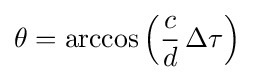
\theta =\arccos {\left({\frac {c}{d}}\,\Delta \tau \right)}